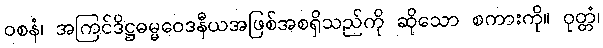
ဝစနံ၊ အကြင်ဒိဋ္ဌဓမ္မဝေဒနီယအဖြစ်အစရှိသည်ကို ဆိုသော စကားကို။ ဝုတ္တံ၊